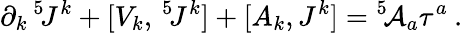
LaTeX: \partial_{k}\, {}^{5}\! J^{k}+[V_{k},\, {}^{5}\! J^{k}]+[A_{k},J^{k}]={}^{5}\! {\cal A}_{a}\tau^{a}\: .